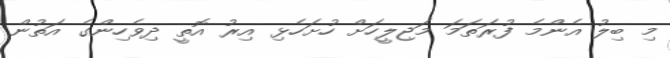
މި ބިލު އެންމެ ފުރަތަމަ މަޖިލީހަށް ހުށަހެޅި އިރު އޮތީ ދިވެހިންގެ އަތުން